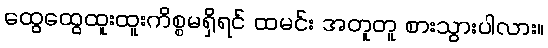
ထွေထွေထူးထူးကိစ္စမရှိရင် ထမင်း အတူတူ စားသွားပါလား။